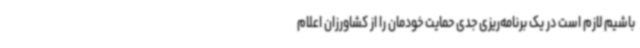
باشیم لازم است در یک برنامه‌ریزی جدی حمایت خودمان را از کشاورزان اعلام